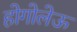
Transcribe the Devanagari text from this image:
होगोलेऊ